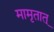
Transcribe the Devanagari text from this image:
मामृतात्‌